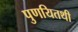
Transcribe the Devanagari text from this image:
पुणयितथी